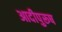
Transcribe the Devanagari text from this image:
आदीपुरूष